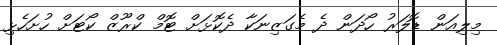
މިލިއަން ޑޮލަރު ހޯދަން ދެ މެގަޒިނަކާ ދެކޮޅަށް ޓޮމް ކްރޫޒް ކޯޓަށް ހުށަހެޅި